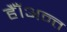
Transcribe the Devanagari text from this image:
हैँ।अन्त